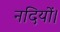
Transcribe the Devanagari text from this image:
नदियों।